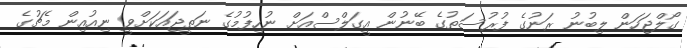
ގޯލްޖަހަން ލިބުނު ރަނުގެ ފުރުސަތުގެ ބޭނުން އީގަލްސްއަށް ނުހިފުމުގެ ނަތީޖައަކަށްވީ ނިއުއިން މެޗުގެ